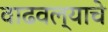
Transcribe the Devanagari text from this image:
वाढवल्याचे